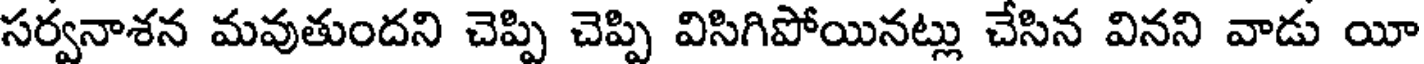
సర్వనాశన మవుతుందని చెప్పి చెప్పి విసిగిపోయినట్లు చేసిన వినని వాడు యీ